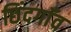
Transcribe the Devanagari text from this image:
छिंदगाँव